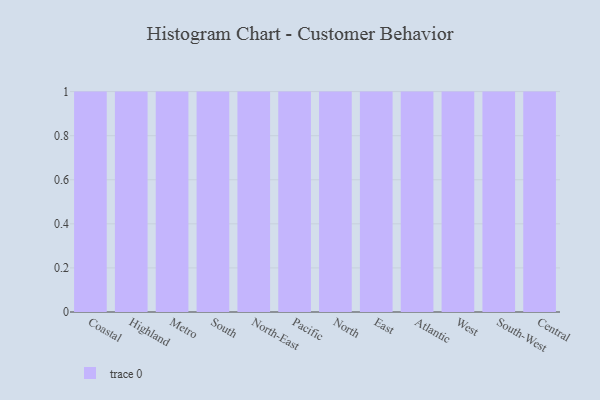
{"axis": {"x": "Region", "y": "Active Users"}, "legend": [""], "data": [{"x": "Coastal", "y": 3, "type": ""}, {"x": "Highland", "y": 51, "type": ""}, {"x": "Metro", "y": 38, "type": ""}, {"x": "South", "y": 69, "type": ""}, {"x": "North-East", "y": 64, "type": ""}, {"x": "Pacific", "y": 56, "type": ""}, {"x": "North", "y": 44, "type": ""}, {"x": "East", "y": 3, "type": ""}, {"x": "Atlantic", "y": 6, "type": ""}, {"x": "West", "y": 30, "type": ""}, {"x": "South-West", "y": 34, "type": ""}, {"x": "Central", "y": 77, "type": ""}]}